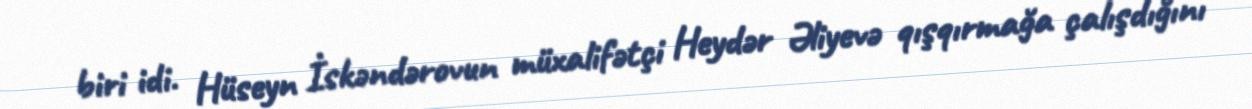
biri idi. Hüseyn İskəndərovun müxalifətçi Heydər Əliyevə qışqırmağa çalışdığını